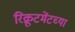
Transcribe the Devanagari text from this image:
रिक्रूटमेंटच्या